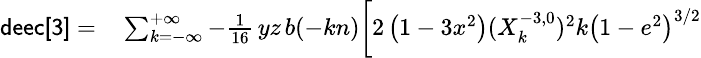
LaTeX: \small\begin{array}{rl}{{\sf deec[3]}=}&{{}\sum_{k=-\infty}^{+\infty}-\frac{1}{16}\, yz\, b(-kn)\bigg[2\left(1-3x^{2}\right)(X_{k}^{-3,0})^{2}k\left(1-e^{2}\right)^{3/2}}\end{array}